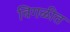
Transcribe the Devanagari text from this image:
विगळीत